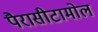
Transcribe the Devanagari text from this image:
पैरासीटामोल